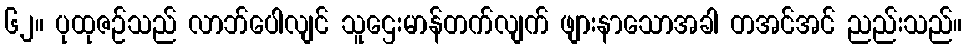
၆၂။ ပုထုဇဉ်သည် လာဘ်ပေါလျင် သူဌေးမာန်တက်လျက် ဖျားနာသောအခါ တအင်အင် ညည်းသည်။